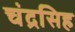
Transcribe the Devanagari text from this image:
चंद्रसिह